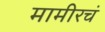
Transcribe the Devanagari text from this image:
मामीरचं